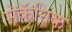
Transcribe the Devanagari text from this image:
मेकॅनिक